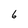
Character: 6